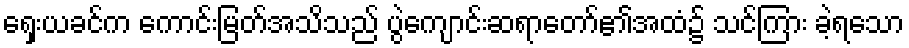
ရှေးယခင်က ကောင်းမြတ်အသိသည် ပွဲကျောင်းဆရာတော်၏အထံ၌ သင်ကြား ခဲ့ရသော